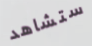
ستشاهد